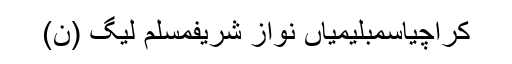
کراچیاسمبلیمیاں نواز شریفمسلم لیگ (ن)